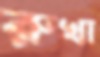
রুখা